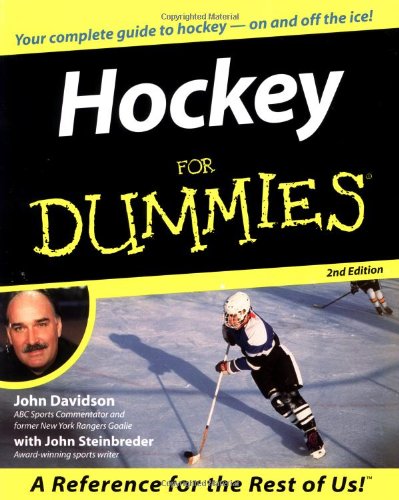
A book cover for Hockey For Dummies; John Davidson; Sports & Outdoors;